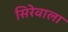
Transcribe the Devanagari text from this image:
सिरेवाला